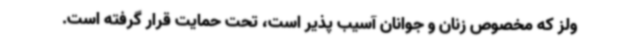
ولز که مخصوص زنان و جوانان آسیب پذیر است، تحت حمایت قرار گرفته است.